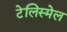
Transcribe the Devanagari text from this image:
टेलिस्मेल